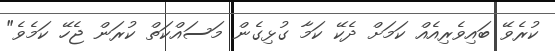
ކުރެވޭ ބައިވެރިއެއް ކަމަށް ދެކޭ ކަމާ ގުޅިގެން މަސައްކަތް ކުރަން ޖެހޭ ކަމެވެ"